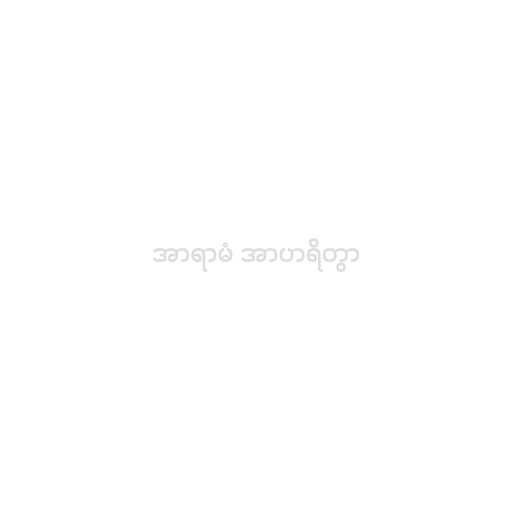
အာရာမံ အာဟရိတွာ